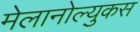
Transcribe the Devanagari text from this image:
मेलानोल्युकस